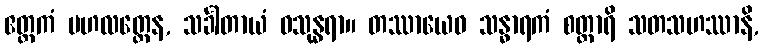
ဧတ္တကံ ဗဟလတ္တေန, သင်္ခါတာယံ ဝသုန္ဓရာ။ တဿာယေဝ သန္ဓာရကံ စတ္တာရိ သတသဟဿာနိ,